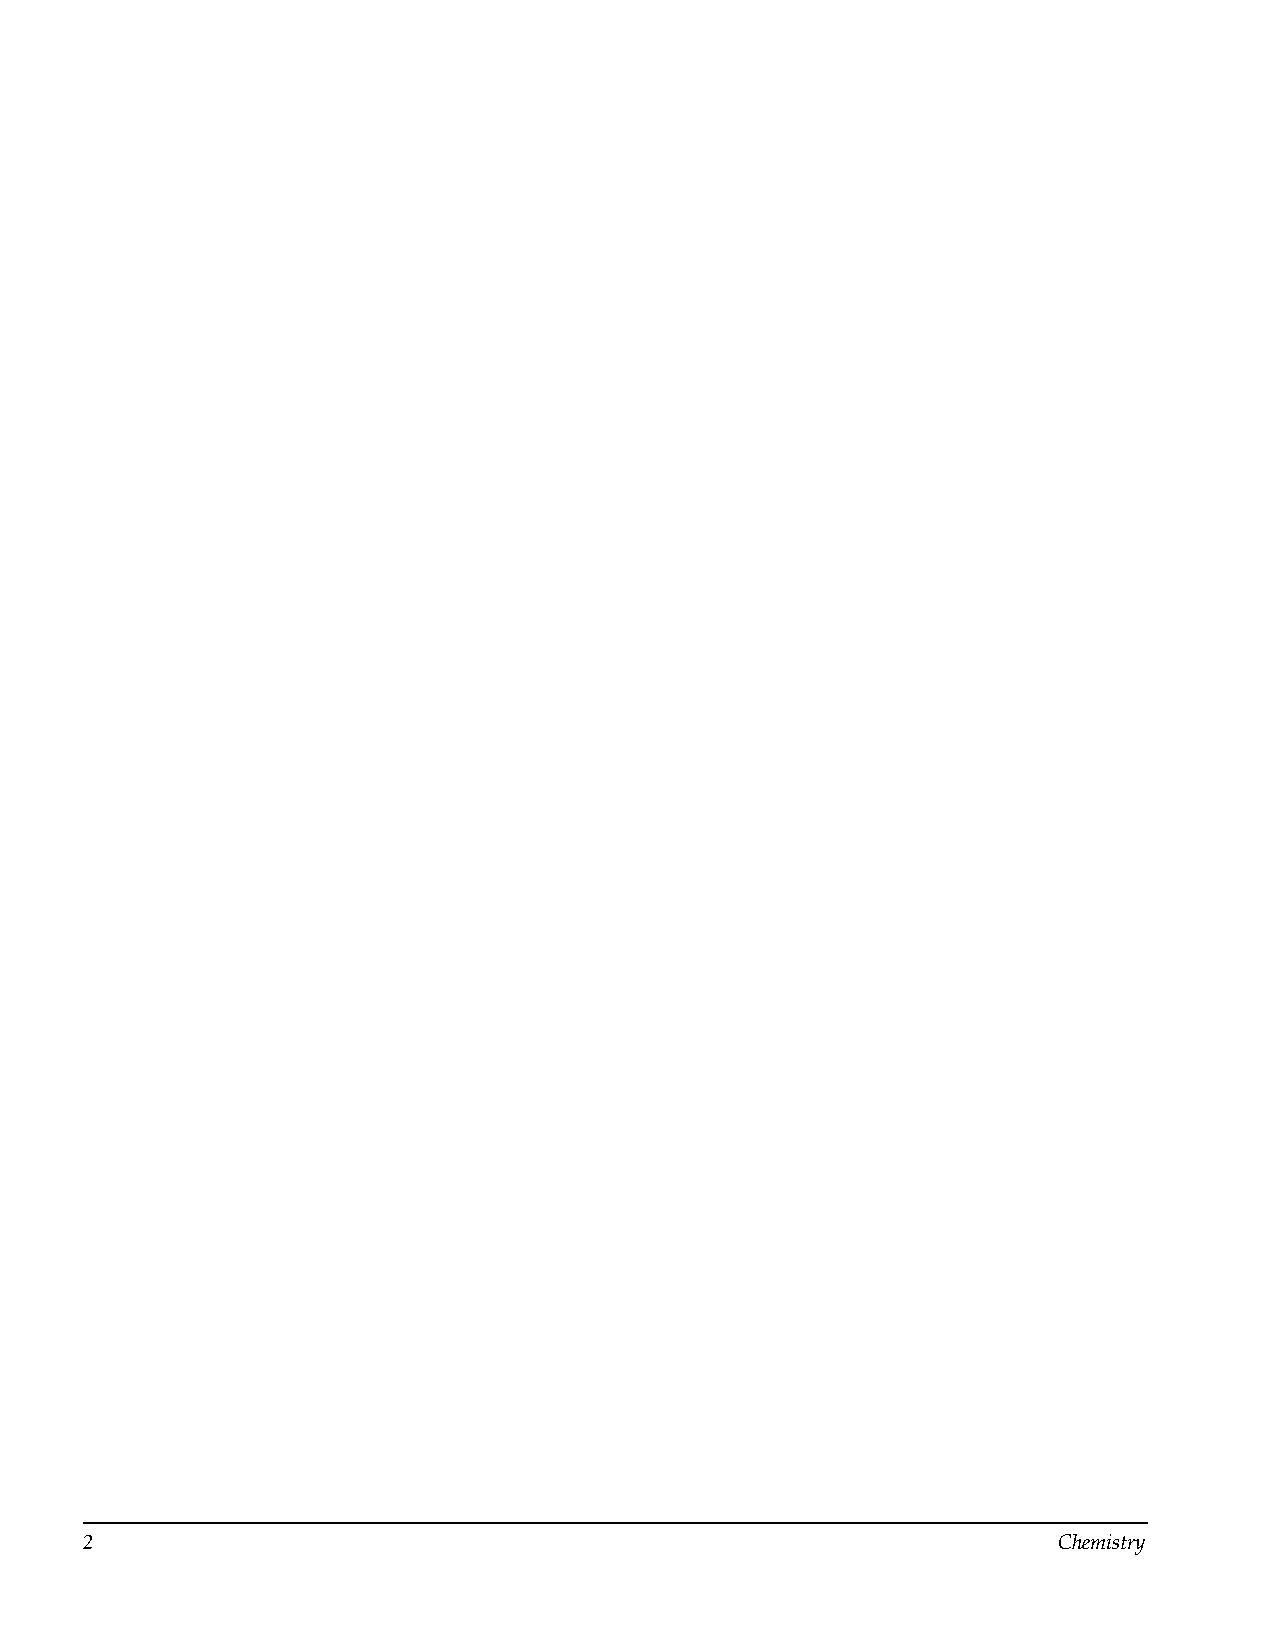
2                                                               Chemistry